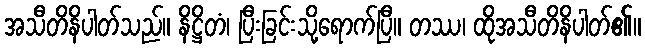
အသီတိနိပါတ်သည်။ နိဋ္ဌိတံ၊ ပြီးခြင်းသို့ရောက်ပြီ။ တဿ၊ ထိုအသီတိနိပါတ်၏။